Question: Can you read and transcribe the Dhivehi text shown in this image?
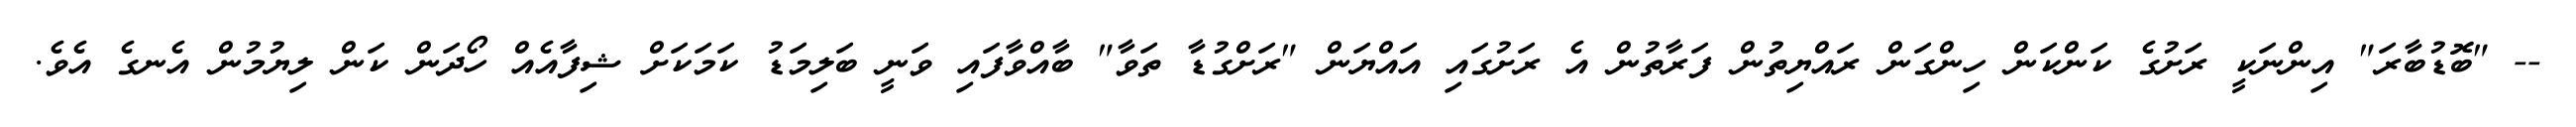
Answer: -- "ބޮޑުބާރަ" އިންނަކީ ރަށުގެ ކަންކަން ހިންގަން ރައްޔިތުން ފަރާތުން އެ ރަށުގައި އައްޔަން "ރަށްގުޑާ ތަވާ" ބާއްވާފައި ވަނީ ބަލިމަޑު ކަމަކަށް ޝިފާއެއް ހޯދަން ކަން ލިޔުމުން އެނގެ އެވެ.